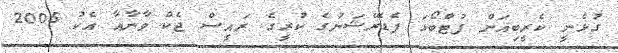
ގުޅެނީ ކެރީބިއަން ފުޓްބޯޅަ ފެޑެރޭޝަނުގެ ކުރީގެ ރައީސް ޖެކް ވާނާއާ އެކު 2005